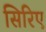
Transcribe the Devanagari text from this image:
सिरिए